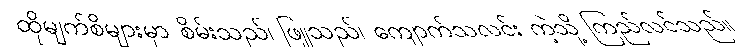
ထိုမျက်စိများမှာ စိမ်းသည်၊ ဖြူသည်၊ ကျောက်သလင်း ကဲ့သို့ ကြည်လင်သည်။